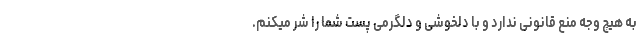
به هیچ وجه منع قانونی ندارد و با دلخوشی و دلگرمی پست شما را شر میکنم.